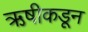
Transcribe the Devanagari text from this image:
ऋषीकडून